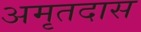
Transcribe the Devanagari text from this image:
अमृतदास